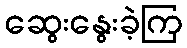
ဆွေးနွေးခဲ့ကြ